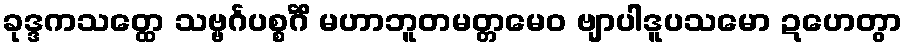
ခုဒ္ဒကသတ္ထေ သဗ္ဗင်္ဂပစ္စင်္ဂိံ မဟာဘူတမတ္တမေဝ ဗျာပါဒူပသမော ဍဟေတွာ